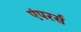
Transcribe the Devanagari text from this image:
एंपरर्स